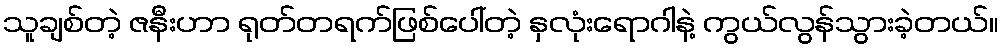
သူချစ်တဲ့ ဇနီးဟာ ရုတ်တရက်ဖြစ်ပေါ်တဲ့ နှလုံးရောဂါနဲ့ ကွယ်လွန်သွားခဲ့တယ်။